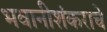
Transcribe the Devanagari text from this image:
भवानीशंकराचे